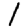
Digit: 1